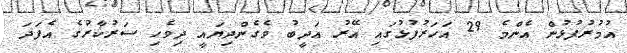
އުމުރުފުޅުން އެންމެ 29 އަހަރުފުޅުގައި އޭރު އަދީބު ވެގެންދިޔައީ ދިވެހި ސަރުކާރުގެ އެފަދަ